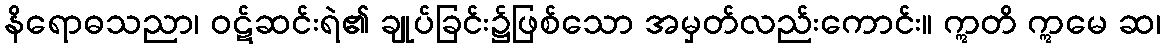
နိရောဓသညာ၊ ဝဋ်ဆင်းရဲ၏ ချုပ်ခြင်း၌ဖြစ်သော အမှတ်လည်းကောင်း။ ဣတိ ဣမေ ဆ၊